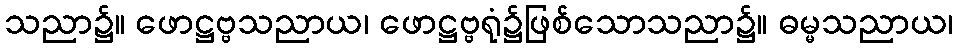
သညာ၌။ ဖောဋ္ဌဗ္ဗသညာယ၊ ဖောဋ္ဌဗ္ဗရုံ၌ဖြစ်သောသညာ၌။ ဓမ္မသညာယ၊